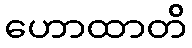
ဟောထာတိ